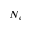
N _ { e }